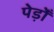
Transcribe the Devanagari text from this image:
पेड़ोँ